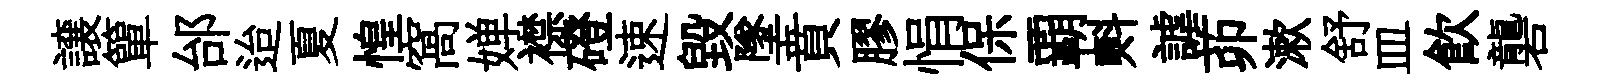
譲簞邰迨夏惶窩婵襟磴速毀墜賁膠悁保覇㪺謔茆漱舒皿飮礱